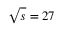
\sqrt { s } = 2 7